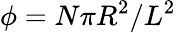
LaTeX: \phi=N\pi R^{2}/L^{2}